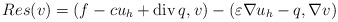
\begin{align*}Res(v)=(f-cu_h+{\rm div}\,q,v)-(\varepsilon\nabla u_h-q,\nabla v)\end{align*}